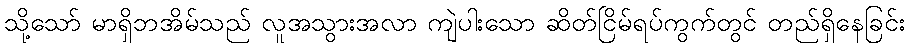
သို့သော် မာရှိဘအိမ်သည် လူအသွားအလာ ကျဲပါးသော ဆိတ်ငြိမ်ရပ်ကွက်တွင် တည်ရှိနေခြင်း